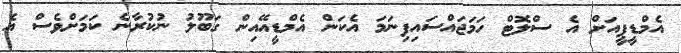
އެމްޑީޕީއަށް އެ ސްލޮޓް ހަމަޖައްސައިފިނަމަ އެކަން އެމްޑީއޭއިން ގަބޫލު ނުކުރާނެ ކަމަށްވެސް އެ